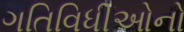
ગતિવિધીઓનો